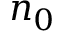
n _ { 0 }